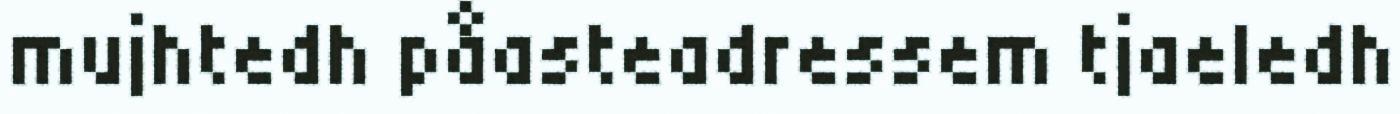
mujhtedh påasteadressem tjaeledh